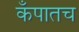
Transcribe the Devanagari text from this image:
कँपातच